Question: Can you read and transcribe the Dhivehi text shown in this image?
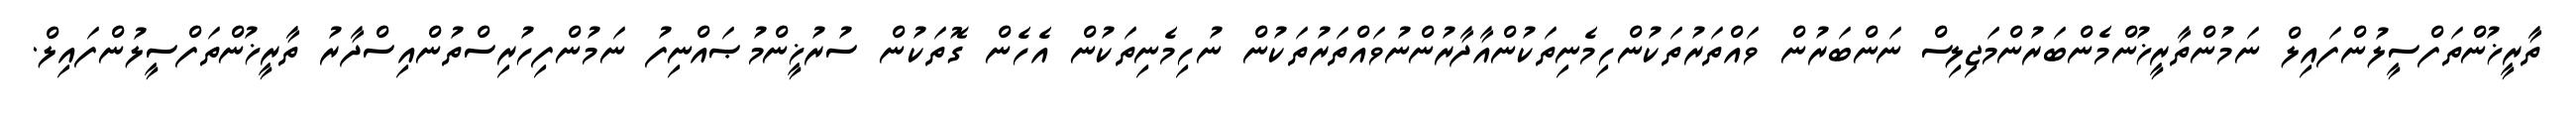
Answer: ތާރީޚުންތަފްސީލުންފައިލް ނަމުންތާރީޚުންމެންބަރުންމަޖިލިސް ނަންބަރުން ވައްތަރުތަކުންހިމެނިތަކުންއާދާރުންނުވައްތަރުތަކުން ނުހިމެނިތަކުން އެހެން ގޮތަކުން ސުރުޚީންމުޞައްނިފު ނަމުންފިހުރިސްތުންއިސްދާރު ތާރީޚުންތަފްސީލުންފައިލް.